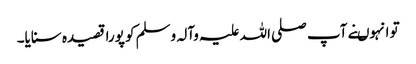
تو انہوںنے آپ صلی اللہ علیہ وآلہ وسلم کو پورا قصیدہ سنایا۔